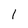
Character: 1